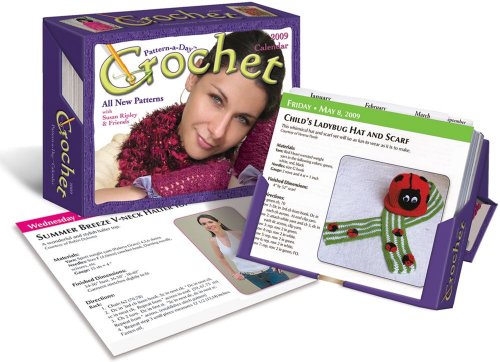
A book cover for Crochet Pattern-a-Day: 2009 Day-to-Day Calendar; Accord Publishing; Calendars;